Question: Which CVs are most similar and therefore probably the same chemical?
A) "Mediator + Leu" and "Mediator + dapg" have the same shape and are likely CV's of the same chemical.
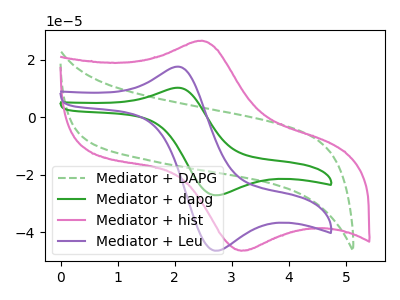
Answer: <think>The green dashed curve "Mediator + DAPG" has no peaks. The green curve "Mediator + dapg" has an anodic peak at (2.00V, 10.25uA) and a cathodic peak at (2.70V, -27.05uA). The pink curve "Mediator + hist" has an anodic peak at (2.45V, 26.65uA) and a cathodic peak at (3.15V, -46.35uA). The purple curve "Mediator + Leu" has an anodic peak at (2.00V, 17.50uA) and a cathodic peak at (2.70V, -46.35uA).
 "Mediator + DAPG" and "Mediator + dapg" have a different number of peaks. "Mediator + DAPG" and "Mediator + hist" have a different number of peaks. "Mediator + DAPG" and "Mediator + Leu" have a different number of peaks. "Mediator + dapg" and "Mediator + hist" have at least one peak that do not match. All the peaks in "Mediator + dapg" have a peak in "Mediator + Leu" at the same potential. Every peak in "Mediator + dapg" is lower than every peak in "Mediator + Leu". "Mediator + hist" and "Mediator + Leu" have at least one peak that do not match.</think>
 <answer>A) "Mediator + Leu" and "Mediator + dapg" have the same shape and are likely CV's of the same chemical.</answer>
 <eval>A</eval>